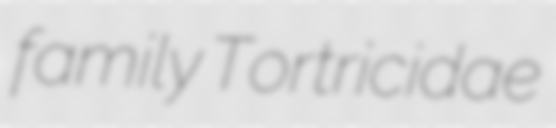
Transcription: family Tortricidae